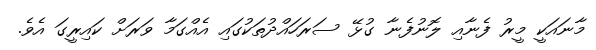
މާނައަކީ މީރު ފެނާއި ލޮނުފެނާ ގުޅޭ ސަރަހައްދުތަކުގައި އެއްގަމާ ވަރަށް ކައިރީގަ އެވެ.